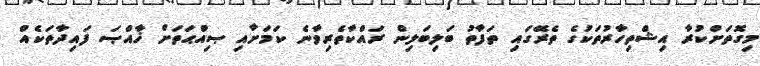
މިގޮތަށްކުރާ އިޝްތިހާރުތަކުގެ ތެރޭގައި ތަފާތު ބަލިބަލިން ރައްކާތެރިވާނެ ކަމަށާއި ޞިއްޙަތަށް ޚާއްޞަ ފައިދާތަކެއް